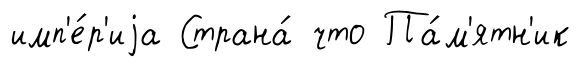
имп'е́р'иjа Страна́ что Па́м'ятн'ик